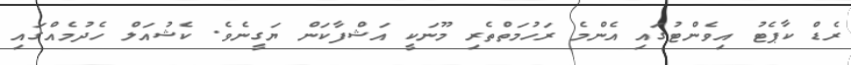
ރެޑް ކާޕެޓު އިވެންޓުގައި އެންމެ ރަހުމަތްތެރި މޫނަކީ އަޝްފާކަން ޔަގީނެވެ. ކެޝުއަލް ހެދުމެއްގައި